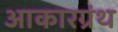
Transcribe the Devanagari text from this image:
आकारग्रंथ